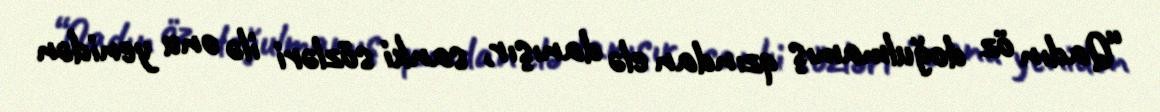
“Qadın öz doğulmamış qzından elə danışır, sanki sözləri ilə onu yenidən